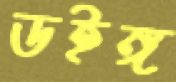
ডইঙ্গ